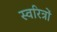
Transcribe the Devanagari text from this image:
स्वरित्रों